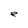
Character: e